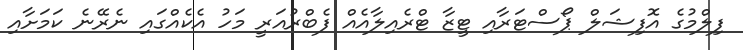
ފިލްމުގެ އޮފިޝަލް ޕޯސްޓަރާއި ޓީޒާ ޓްރެއިލާއެއް ފެބްރުއަރީ މަހު އެކެއްގައި ނެރޭނެ ކަމަށާއި